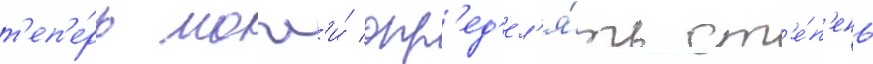
т'еп'е́рь могл'и́ опр'ед'ел'я́ть ст'е́п'ень